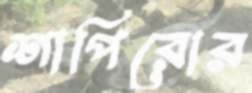
শাপিরোর